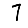
Digit: 7